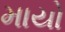
માયો